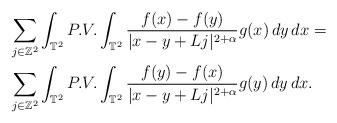
LaTeX: \begin{align*} &\sum_{j\in \mathbb Z^2}\int_{\mathbb T^2} P.V. \int_{\mathbb T^2}\frac{f(x)-f(y)}{|x-y+Lj|^{2+\alpha}}g(x)\, dy \, dx=\\&\sum_{j\in \mathbb Z^2}\int_{\mathbb T^2} P.V. \int_{\mathbb T^2}\frac{f(y)-f(x)}{|x-y+Lj|^{2+\alpha}}g(y)\, dy \, dx.\end{align*}